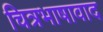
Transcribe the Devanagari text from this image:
चित्रभाषावाद